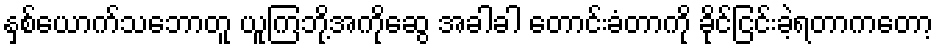
နှစ်ယောက်သဘောတူ ယူကြဘို့အကိုဆွေ အခါခါ တောင်းခံတာကို ခိုင်ငြင်းခဲ့ရတာကတော့